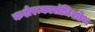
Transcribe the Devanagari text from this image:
कशेरूकासंधिशोथ